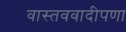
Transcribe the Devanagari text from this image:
वास्तववादीपणा